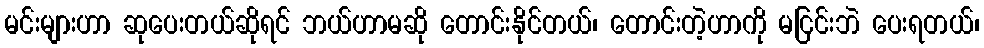
မင်းများဟာ ဆုပေးတယ်ဆိုရင် ဘယ်ဟာမဆို တောင်းနိုင်တယ်၊ တောင်းတဲ့ဟာကို မငြင်းဘဲ ပေးရတယ်၊